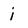
Character: i